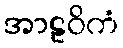
အာဠဝိကံ